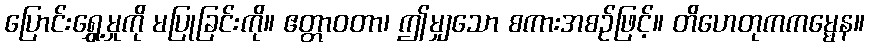
ပြောင်းရွှေ့မှုကို မပြုခြင်းကို။ ဧတ္တာဝတာ၊ ဤမျှသော စကားအစဉ်ဖြင့်။ တိဟေတုကကမ္မေန။